Report of an investigation into the causes of the diseases known in Assam as Kála-Azár and Beri-Beri
Disease focus: Beri-Beri
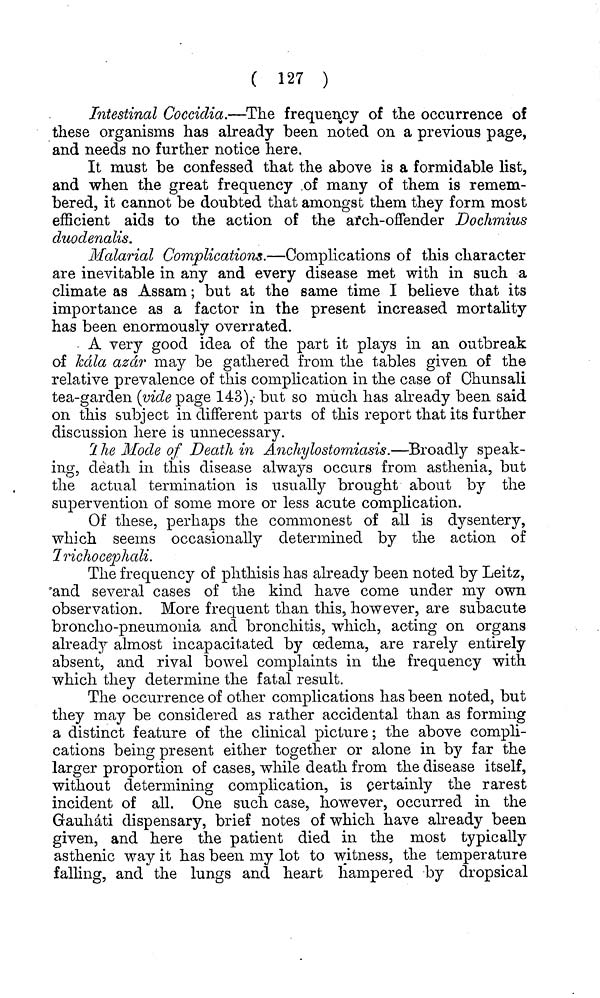
( 127 )
Intestinal Coccidia.—The frequency of the occurrence of
these organisms has already been noted on a previous page,
and needs no further notice here.
It must be confessed that the above is a formidable list,
and when the great frequency of many of them is remem-
bered, it cannot be doubted that amongst them they form most
efficient aids to the action of the afch-ofiender Dochmius
duodenalis.
Malarial Complications.—Complications of this character
are inevitable in any and every disease met with in such a
climate as Assam; but at the same time I believe that its
importance as a factor in the present increased mortality
has been enormously overrated.
A very good idea of the part it plays in an outbreak
of kdla azdr may be gathered from the tables given of the
relative prevalence of this complication in the case of Chunsali
tea-garden (vide page 143), but so much has already been said
on this subject in different parts of this report that its further
discussion here is unnecessary.
2 he Mode of Death in Anchylostomiasis.—Broadly speak-
ing, death in this disease always occurs from asthenia, but
the actual termination is usually brought about by the
supervention of some more or less acute complication.
Of these, perhaps the commonest of all is dysentery,
which seems occasionally determined by the action of
Irichocepliali.
The frequency of phthisis has already been noted by Leitz,
and several cases of the kind have come under my own
observation. More frequent than this, however, are subacute
broncho-pneumonia and bronchitis, which, acting on organs
ahead}?- almost incapacitated by oedema, are rarely entirely
absent, and rival bowel complaints in the frequency with
which they determine the fatal result.
The occurrence of other complications has been noted, but
they may be considered as rather accidental than as forming
a distinct feature of the clinical picture; the above compli-
cations being present either together or alone in by far the
larger proportion of cases, while death from the disease itself,
without determining complication, is certainly the rarest
incident of all. One such case, however, occurred in the
Gauhati dispensary, brief notes of which have already been
given, and here the patient died in the most typically
asthenic way it has been my lot to witness, the temperature
falling, and the lungs and heart hampered by dropsical